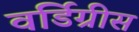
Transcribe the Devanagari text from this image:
वर्डिग्रीस